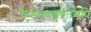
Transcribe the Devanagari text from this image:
कुंडलाद्युपेतमपि